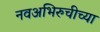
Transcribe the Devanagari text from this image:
नवअभिरुचीच्या